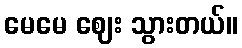
မေမေ ဈေး သွားတယ်။